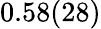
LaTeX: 0.58(28)